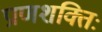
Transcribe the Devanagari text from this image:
प्राणशक्तिः